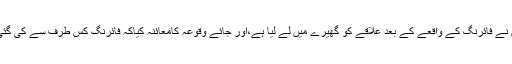
پولیس نے فائرنگ کے واقعے کے بعد علاقے کو گھیرے میں لے لیا ہے،اور جائے وقوعہ کامعائنہ کیاکہ فائرنگ کس طرف سے کی گئی ہے۔